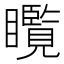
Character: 𱳘